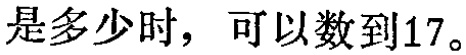
是多少时，可以数到17。